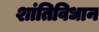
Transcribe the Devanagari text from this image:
शांतिविधान